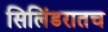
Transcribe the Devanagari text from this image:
सिलिंडरातच